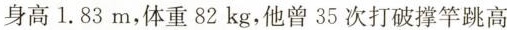
身高1.83m,体重82kg,他曾35次打破撑杆跳高